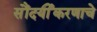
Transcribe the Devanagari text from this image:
सौंदर्यीकरणाचे